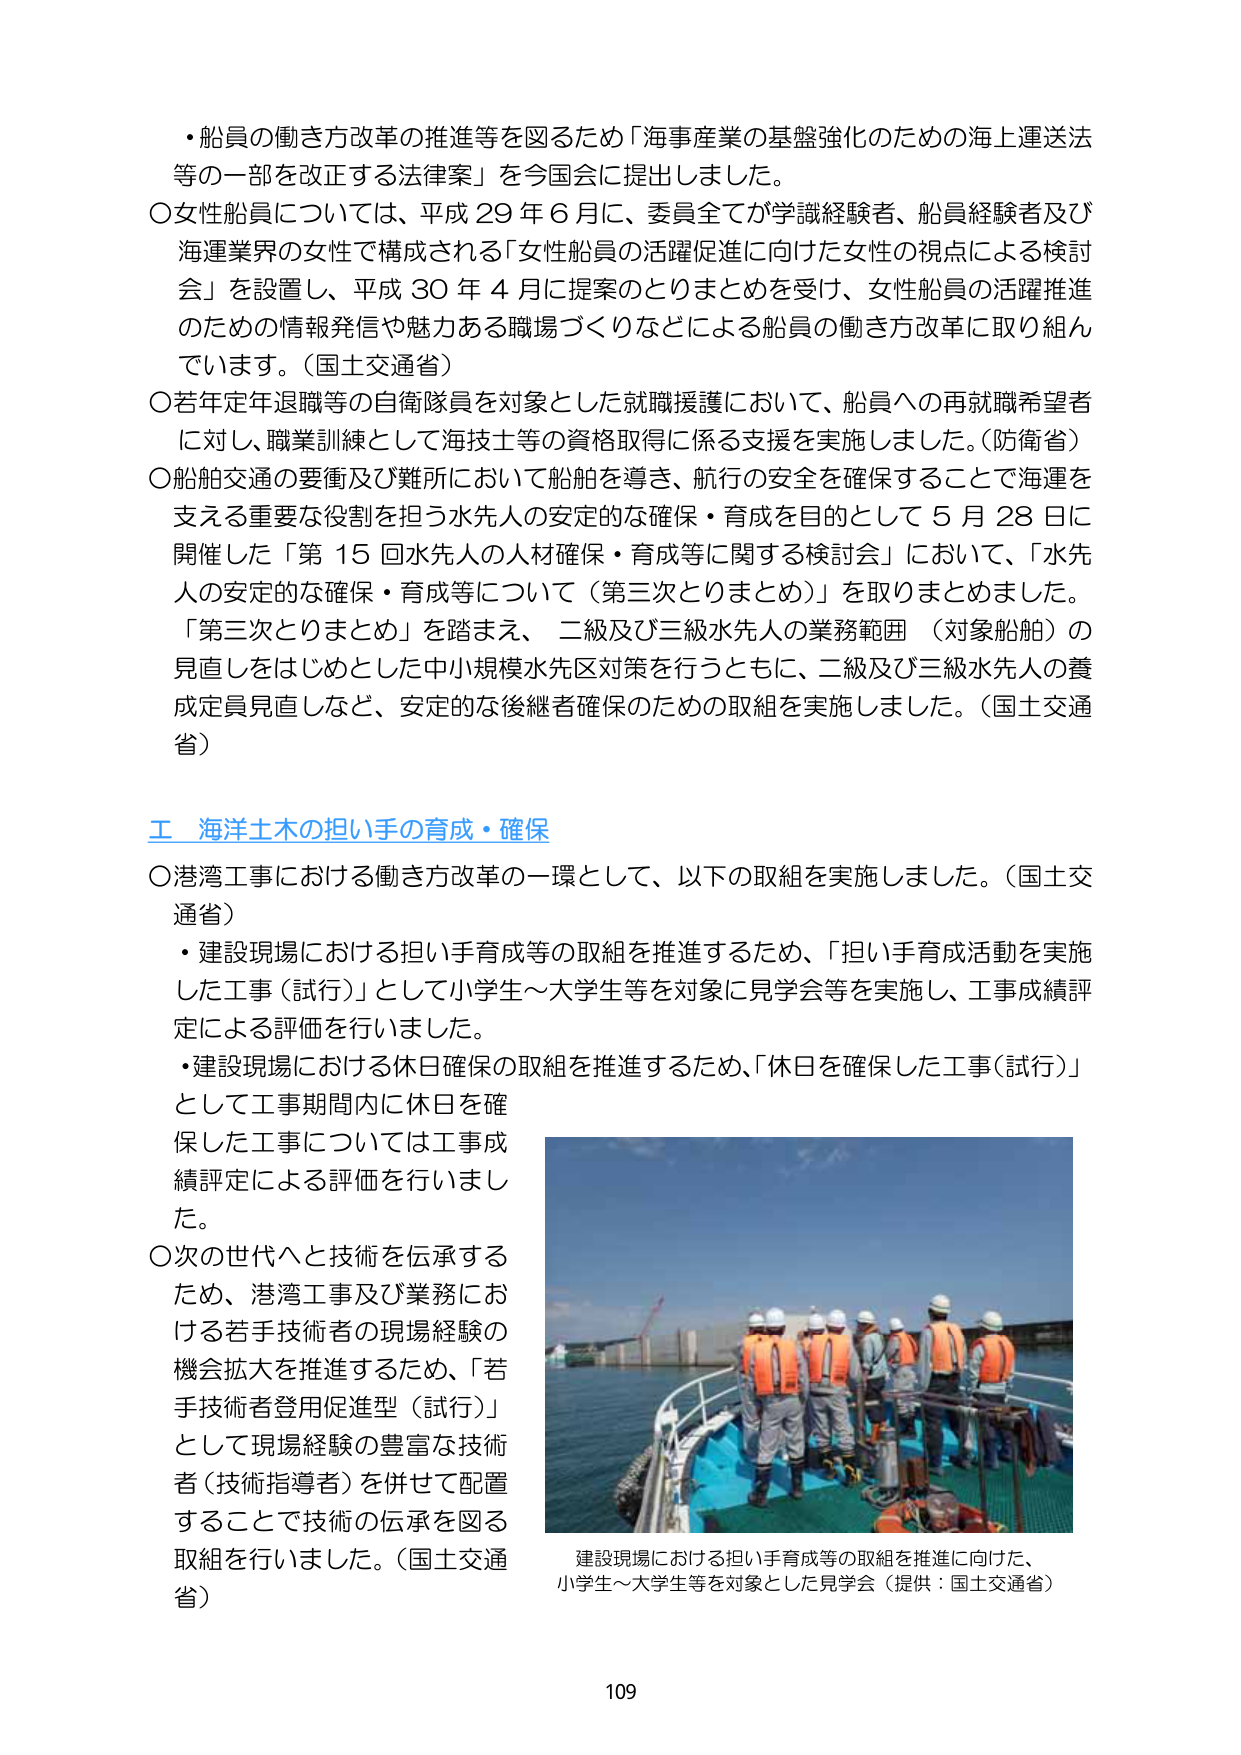
・船員の働き方改革の推進等を図るため「海事産業の基盤強化のための海上運送法等の一部を改正する法律案」を今国会に提出しました。

〇女性船員については、平成29年6月に、委員全てが学識経験者、船員経験者及び海運業界の女性で構成される「女性船員の活躍促進に向けた女性の視点による検討会」を設置し、平成30年4月に提案のとりまとめを受け、女性船員の活躍推進のための情報発信や魅力ある職場づくりなどによる船員の働き方改革に取り組んでいます。（国土交通省）

〇若年定年退職等の自衛隊員を対象とした就職援護において、船員への再就職希望者に対し、職業訓練として海技士等の資格取得に係る支援を実施しました。（防衛省）

〇船舶交通の要衝及び難所において船舶を導き、航行の安全を確保することで海運を支える重要な役割を担う水先人の安定的な確保・育成を目的として5月28日に開催した「第15回水先人の人材確保・育成等に関する検討会」において、「水先人の安定的な確保・育成等について（第三次とりまとめ）」を取りまとめました。「第三次とりまとめ」を踏まえ、二級及び三級水先人の業務範囲（対象船舶）の見直しをはじめとした中小規模水先区対策を行うとともに、二級及び三級水先人の養成定員見直しなど、安定的な後継者確保のための取組を実施しました。（国土交通省）

工 海洋土木の担い手の育成・確保

〇港湾工事における働き方改革の一環として、以下の取組を実施しました。（国土交通省）

・建設現場における担い手育成等の取組を推進するため、「担い手育成活動を実施した工事（試行）」として小学生～大学生等を対象に見学会等を実施し、工事成績評定による評価を行いました。

・建設現場における休日確保の取組を推進するため、「休日を確保した工事（試行）」として工事期間内に休日を確保した工事については工事成績評定による評価を行いました。

〇次の世代へと技術を伝承するため、港湾工事及び業務における若手技術者の現場経験の機会拡大を推進するため、「若手技術者登用促進型（試行）」として現場経験の豊富な技術者（技術指導者）を併せて配置することで技術の伝承を図る取組を行いました。（国土交通省）

建設現場における担い手育成等の取組を推進に向けた、小学生～大学生等を対象とした見学会（提供：国土交通省）

109